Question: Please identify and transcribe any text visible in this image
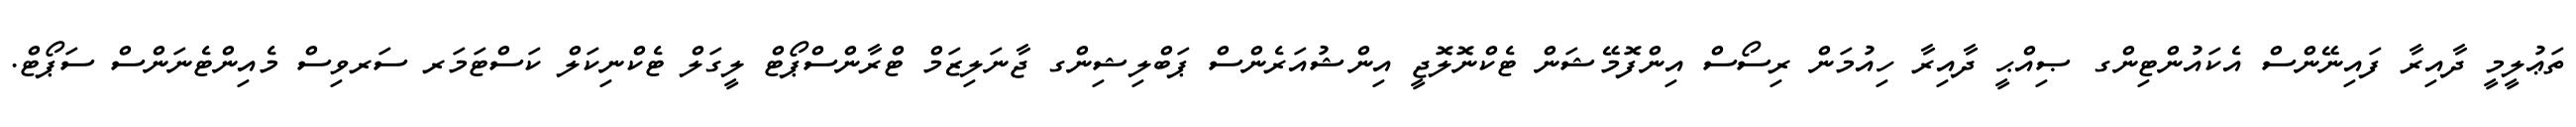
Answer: ތަޢުލީމީ ދާއިރާ ފައިނޭންސް އެކައުންޓިންގ ޞިއްޙީ ދާއިރާ ހިއުމަން ރިސޯސް އިންފޮމޭޝަން ޓެކްނޮލޮޖީ އިންޝުއަރެންސް ޕަބްލިޝިންގ ޖާނަލިޒަމް ޓްރާންސްޕޯޓް ލީގަލް ޓެކްނިކަލް ކަސްޓަމަރ ސަރވިސް މެއިންޓެނަންސް ސަޕޯޓް.